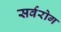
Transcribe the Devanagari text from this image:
सर्वरोग